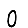
Digit: 0